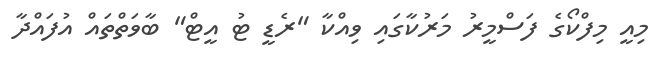
މިއީ މިފްކޯގެ ފަސްމީރު މަރުކާގައި ވިއްކާ "ރެޑީ ޓު އީޓް" ބާވަތްތައް އުފައްދާ